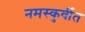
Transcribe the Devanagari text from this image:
नमस्कुर्वीत